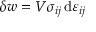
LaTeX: \delta w = V \sigma _ { i j } \, \mathrm { d } \varepsilon _ { i j }